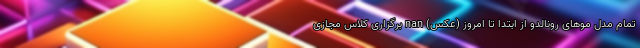
تمام مدل موهای رونالدو از ابتدا تا امروز (عکس) nan برگزاری کلاس مجازی